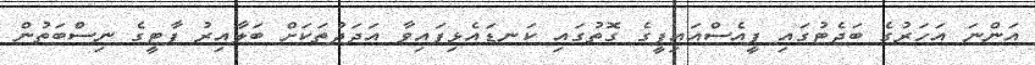
އަންނަ އަހަރުގެ ބަޖެޓުގައި ޕީއެސްއައިޕީގެ ގޮތުގައި ކަނޑައެޅިފައިވާ އަދަދުތަކަށް ބަލާއިރު ޕާޓީގެ ނިސްބަތުން